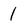
Character: 1